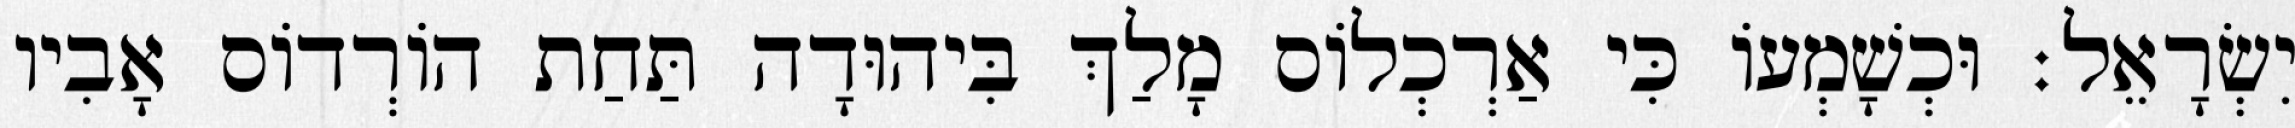
יִשְׂרָאֵל׃ וּכְשָׁמְעוֹ כִּי אַרְכְלוֹס מָלַךְ בִּיהוּדָה תַּחַת הוֹרְדוֹס אָבִיו